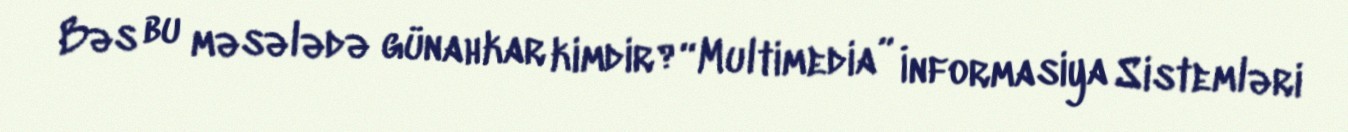
Bəs bu məsələdə günahkar kimdir?“Multimedia” İnformasiya Sistemləri